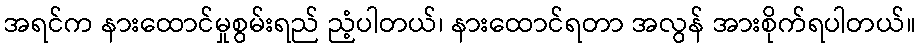
အရင်က နားထောင်မှုစွမ်းရည် ညံ့ပါတယ်၊ နားထောင်ရတာ အလွန် အားစိုက်ရပါတယ်။